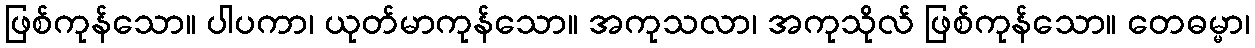
ဖြစ်ကုန်သော။ ပါပကာ၊ ယုတ်မာကုန်သော။ အကုသလာ၊ အကုသိုလ် ဖြစ်ကုန်သော။ တေဓမ္မာ၊